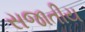
સજાતીય